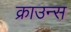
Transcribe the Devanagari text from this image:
क्राउन्स